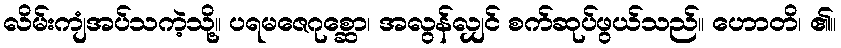
လိမ်းကျံအပ်သကဲ့သို့။ ပရမဇေဂုစ္ဆော၊ အလွန်လျှင် စက်ဆုပ်ဖွယ်သည်။ ဟောတိ၊ ၏။